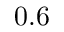
0 . 6